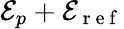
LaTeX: \mathcal{E}_{p}+\mathcal{E}_{\mathrm{~r~e~f~}}